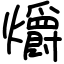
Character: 爝